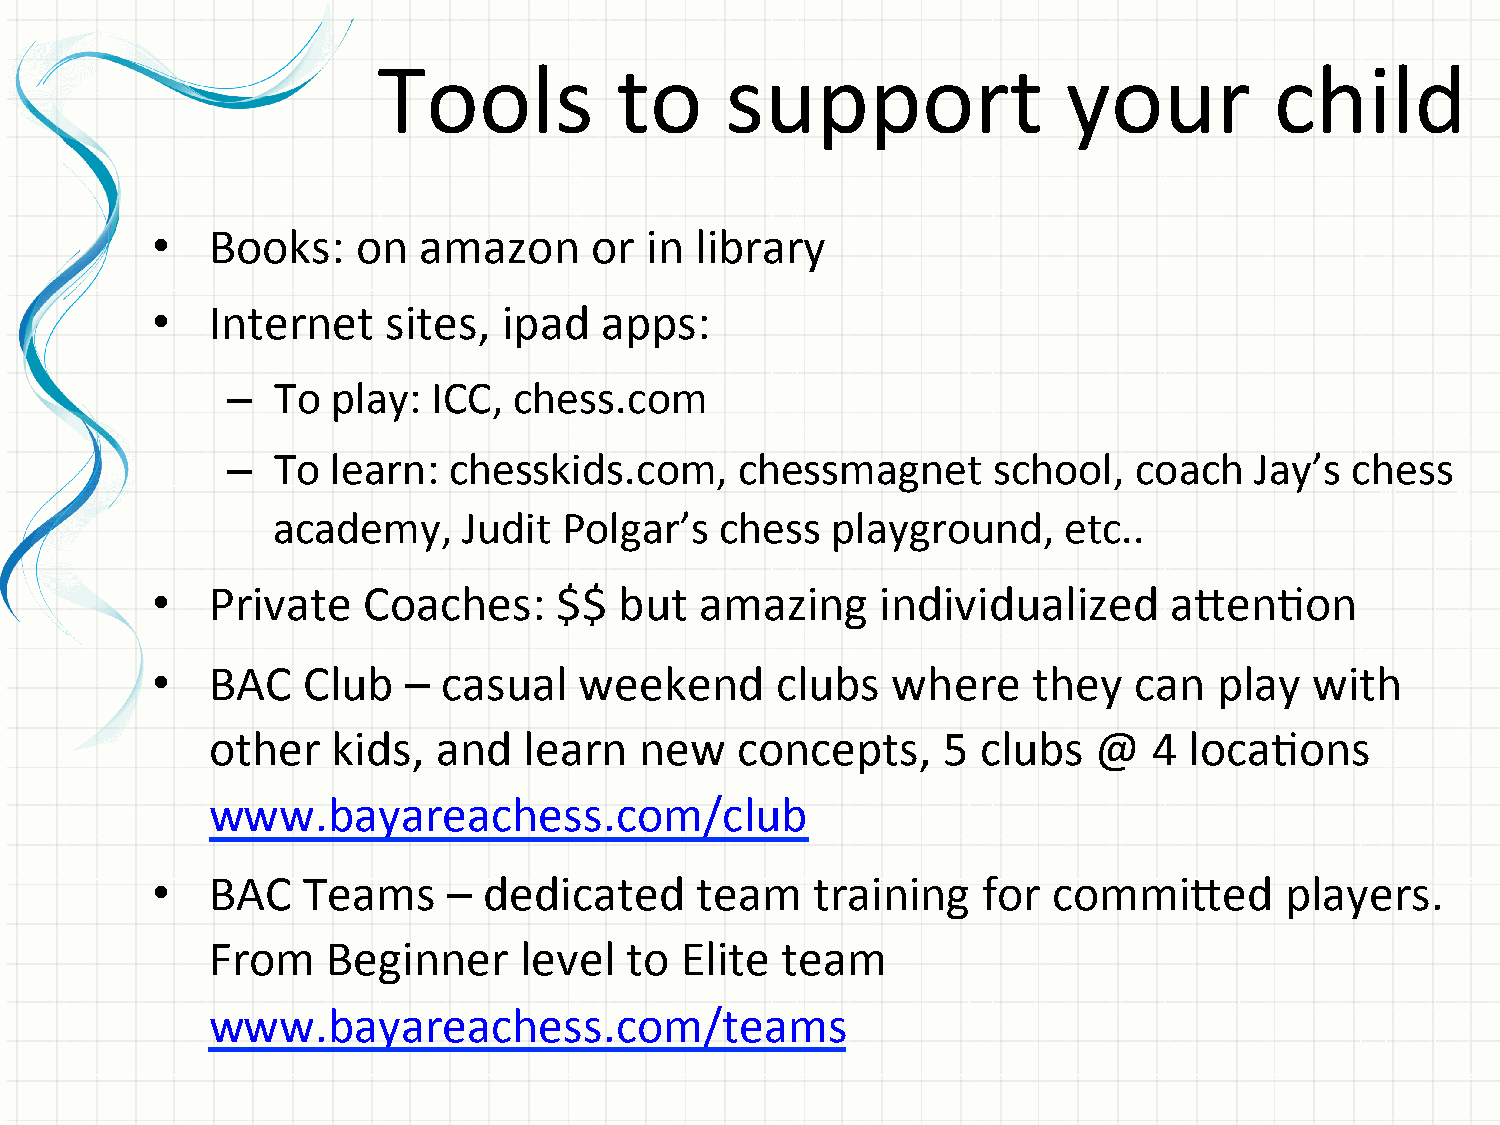
Tools           to     support                your         child
 •   Books:    on  amazon     or  in library
 •   Internet    sites, ipad   apps:
 –  To  play:  ICC, chess.com
 –  To  learn:  chesskids.com,     chessmagnet      school,  coach   Jay’s chess
 academy,     Judit Polgar’s   chess  playground,    etc..
 •   Private   Coaches:     $$  but  amazing     individualized     afenGon
 •   BAC   Club   – casual   weekend      clubs   where    they   can   play  with
 other   kids,  and   learn  new    concepts,    5  clubs   @  4  locaGons
 www.bayareachess.com/club
 •   BAC   Teams     – dedicated     team    training   for  commifed       players.
 From    Beginner    level  to  Elite  team
 www.bayareachess.com/teams